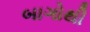
બાગોથી